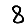
Digit: 8